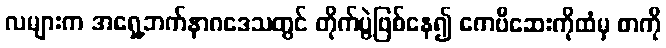
လများက အရှေ့ဘက်နာဂဒေသတွင် တိုက်ပွဲဖြစ်နေ၍ ကေဗီဆေးကိုထံမှ စာကို